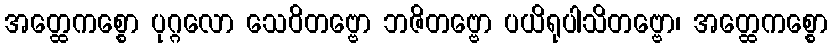
အတ္ထေကစ္စော ပုဂ္ဂလော သေဝိတဗ္ဗော ဘဇိတဗ္ဗော ပယိရုပါသိတဗ္ဗော၊ အတ္ထေကစ္စော